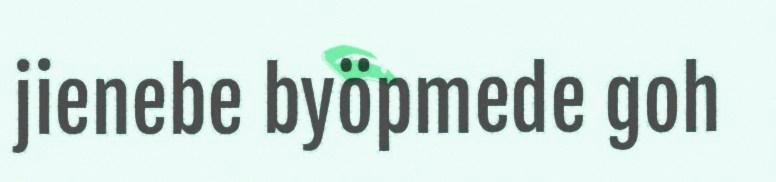
jienebe byöpmede goh